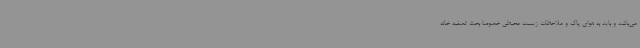
می‌باشد و باید به هوای پاک و ملاحظات زیست محیطی خصوصاً بحث تصفیه خانه